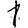
Digit: 1